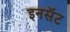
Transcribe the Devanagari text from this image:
इनसॅट